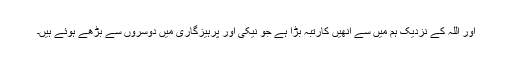
اور اللہ کے نزدیک ہم میں سے انھیں کارتبہ بڑا ہے جو نیکی اور پرہیزگاری میں دوسروں سے بڑھے ہوئے ہیں۔